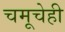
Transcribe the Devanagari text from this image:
चमूचेही